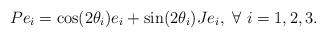
LaTeX: \begin{align*} Pe_i = \cos (2\theta_i) e_i + \sin (2\theta_i) Je_i,~\forall~i=1,2,3.\end{align*}